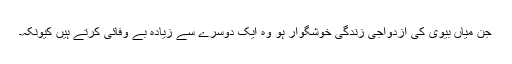
جن میاں بیوی کی ازدواجی زندگی خوشگوار ہو وہ ایک دوسرے سے زیادہ بے وفائی کرتے ہیں کیونکہ۔